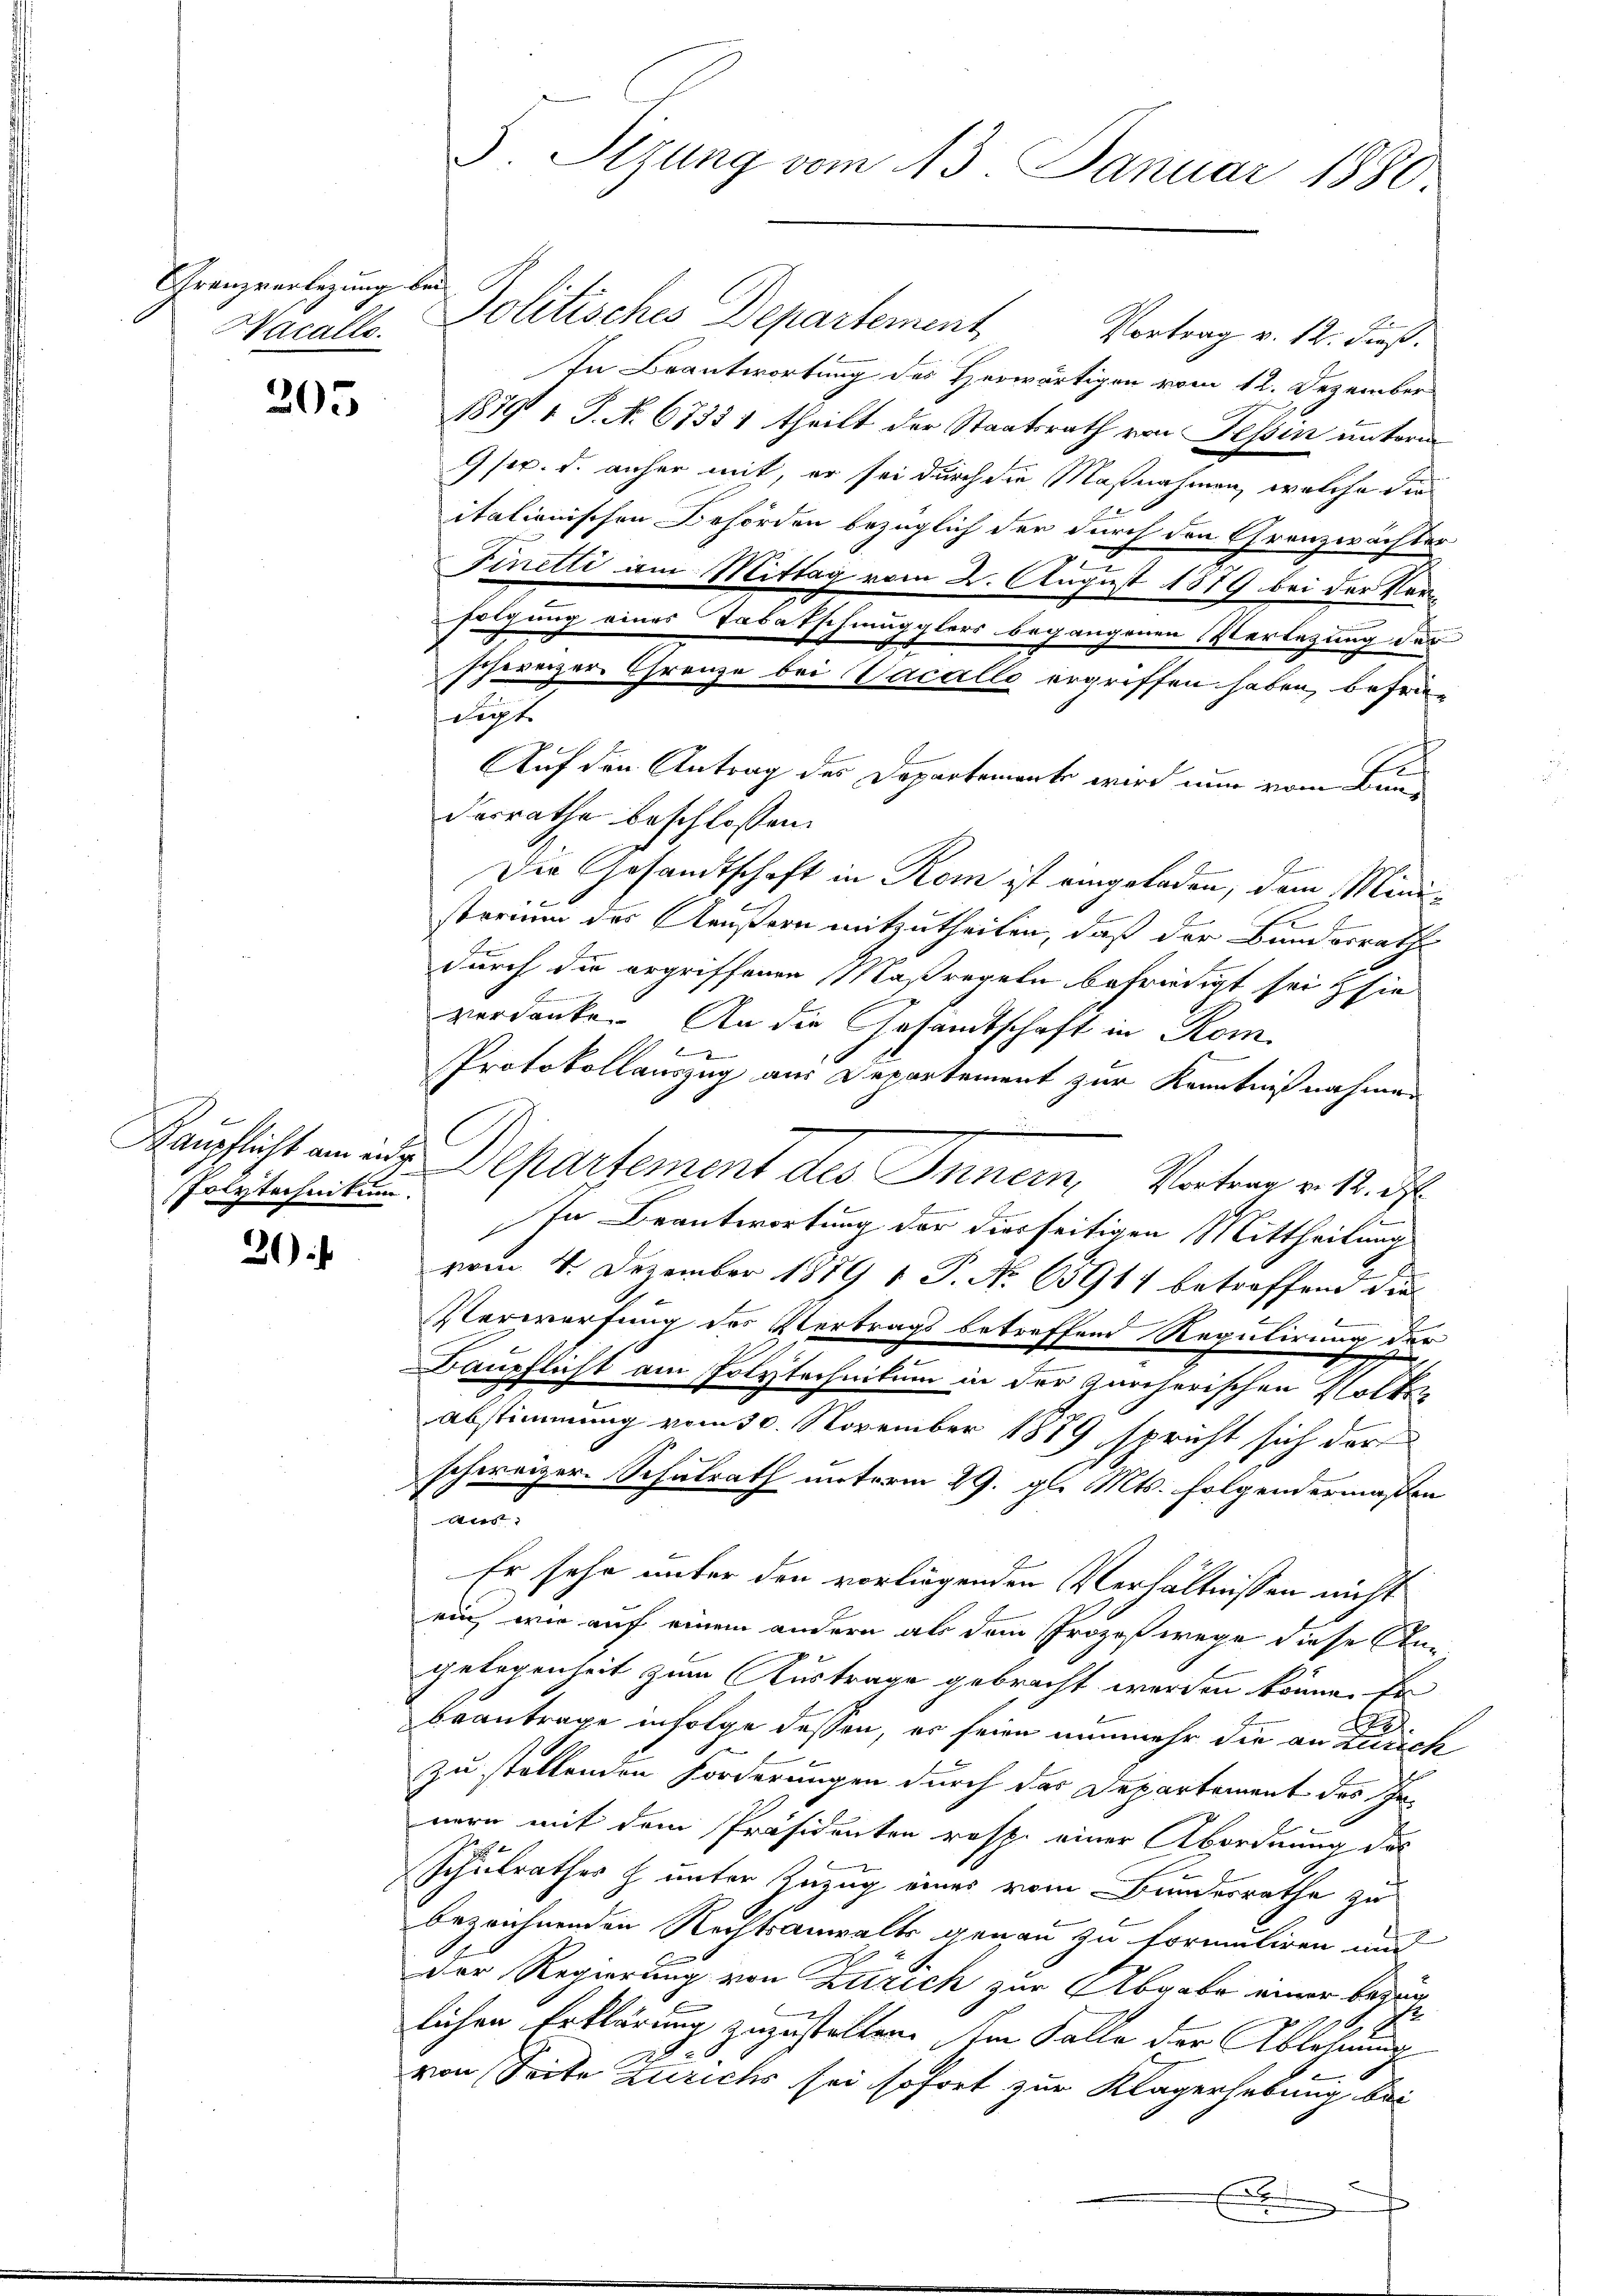
Granzwertigung bei
Wacallo.

205

Polytechnikum.

21)

Politisches Departement, Vortrag v. 12. dieß.
In Beantwortung des Herwärtigen vom 12. Dezember
18791 1 S. N. 6735 1 theilt der Staatsrath von Fessen unterm
9ser. d. anher mit, er sei durch die Maßnahmen, welche die
italienischen Behörden bezüglich der durch den Granzwächter
3
Finetti am Mittag vom 2. August 1879 bei der Vor
folgung eines Tabatschmugglers begangenen Verlegung des
schweizer Grenze bei Vacallo ergriffen haben, befrieept
Auf den Antrag des Departemente wird nun vom Bunderrathe beschlossen:
Der Gesandtschaft in Rom ist eingeladen, dem Mini¬
E
e
sterium des Aeußern mitzutheilen, daß der Bundesrath
durch die ergriffenen Maßregeln befriedigt sei sie
verdanke. An die Gesandtschaft in Rom
f
Protokollauszug aus Departement zur Kenntnißnahmen
C
Kaupflicht an mir Departement des Innern, Vorten v. M. d
E
In Beantwortung der diesseitigen Mittheilung
vom 4. Dezember 1889 1 P. No 65917 betreffend die
Verwerfung des Vertrags betreffend Regulirung der
Baupflicht am Polytechnikum in der zürcherischen Volks-
abstimmung vom 30. November 1879 spricht sich der
schweizer. Schulrath unterm 29. gl. Mts. folgend ermaßen
aus:
Er sehr unter den vorliegenden Verhältnissen nicht
ein, wie auf einem andern als dem Prozeßwege diese Angelogenheit zum Austrage gebracht werden könne. Er
2
beantrage infolge dessen, es seien nunmehr die an Zürich
zu stellenden Forderungen durch das Departement des Innern mit dem Präsidenten resp. einer Abordnung des
Schulrathes h unter Zuzug eines vom Bundesrathe zu
bezeichnenden Rechtsanwalts genau zu formuliren und
Der Regierung von Zürich zur Abgabe einer bezug
r
lichen Erklärung zuzustellen. Im Falle der Ablehnung
2
von Seite Zürichs sei sofort zur Klagerhebung bei

5 Sizung vom 13. Januar 1880.